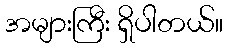
အများကြီး ရှိပါတယ်။